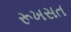
રૂખસત